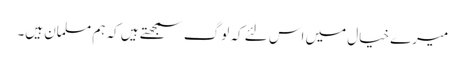
میرے خیال میں اس لئے کہ لوگ سمجھتے ہیں کہ ہم مسلمان ہیں۔